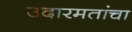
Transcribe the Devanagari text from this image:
उदारमतांचा